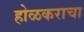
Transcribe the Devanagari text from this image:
होळकराचा